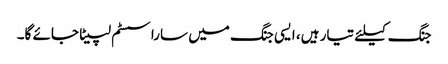
جنگ کیلئے تیار ہیں، ایسی جنگ میں سارا سسٹم لپیٹا جائے گا۔